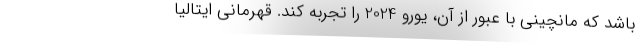
باشد که مانچینی با عبور از آن، یورو 2024 را تجربه کند. قهرمانی ایتالیا